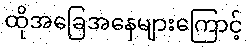
ထိုအခြေအနေများကြောင့်